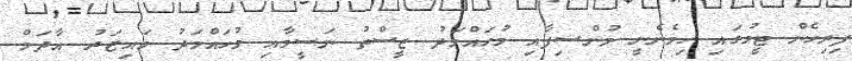
ފިރިހެން ޓީމުގައި ހިމެނެނީ މުންސިފާއި މުހައްމަދު ޒީސްތު ނަސީމާއި މުހައްމަދު މައިޒަރު އާދަމް